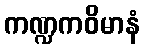
ကဏ္ဍကဝိမာနံ